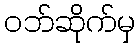
ဝဘ်ဆိုက်မှ